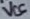
Text: VCC